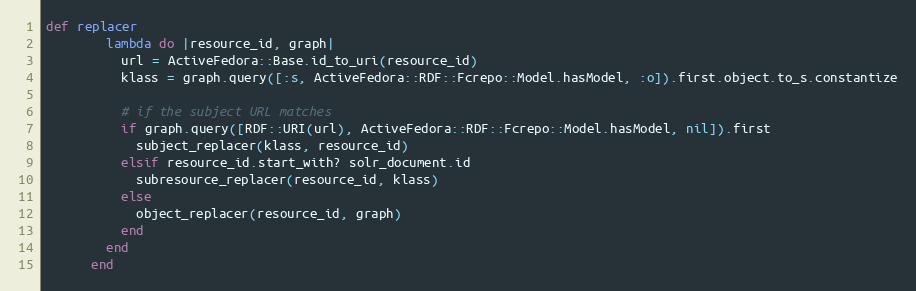
Language: Ruby
def replacer
        lambda do |resource_id, graph|
          url = ActiveFedora::Base.id_to_uri(resource_id)
          klass = graph.query([:s, ActiveFedora::RDF::Fcrepo::Model.hasModel, :o]).first.object.to_s.constantize

          # if the subject URL matches
          if graph.query([RDF::URI(url), ActiveFedora::RDF::Fcrepo::Model.hasModel, nil]).first
            subject_replacer(klass, resource_id)
          elsif resource_id.start_with? solr_document.id
            subresource_replacer(resource_id, klass)
          else
            object_replacer(resource_id, graph)
          end
        end
      end